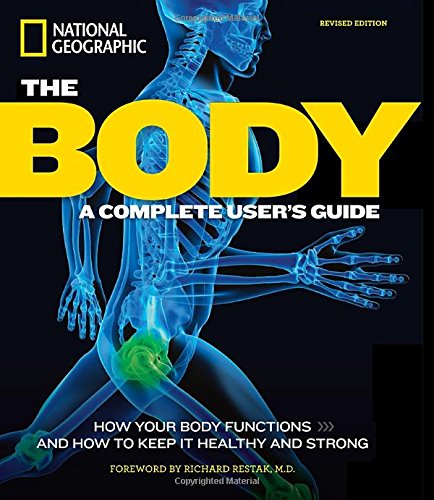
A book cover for The Body, Revised Edition: A Complete User's Guide; Patricia Daniels; Health, Fitness & Dieting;